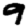
Digit: 9